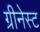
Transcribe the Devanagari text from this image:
ग्रीनेस्ट